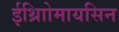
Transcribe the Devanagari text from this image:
ईथ्राोिमायसिन